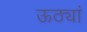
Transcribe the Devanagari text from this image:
ऊठ्यां